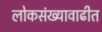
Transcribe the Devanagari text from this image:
लोकसंख्यावाढीत